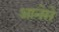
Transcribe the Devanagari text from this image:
आनेसे